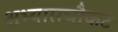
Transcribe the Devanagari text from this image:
अभ्यासचौकट